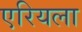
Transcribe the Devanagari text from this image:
एरियला